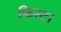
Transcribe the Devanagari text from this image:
फिस्ट।